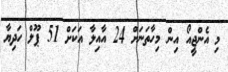
މި އެންޖީއޯ އިން މިހާތަނަށް 24 އާއިލާ އަކަށް 51 ޕޫލް ހަދިޔާ